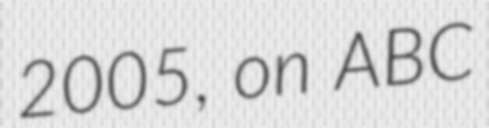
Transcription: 2005, on ABC